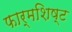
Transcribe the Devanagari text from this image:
फार्मशिष्ट